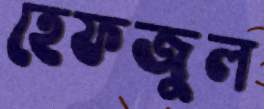
হেফজুল